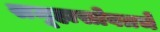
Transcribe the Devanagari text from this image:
समूहासोबतचे